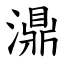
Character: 濎